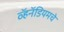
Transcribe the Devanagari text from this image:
व्हॅनॅडियमचे